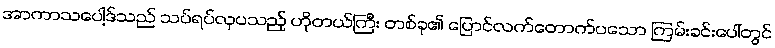
အာကာသပေါ့ဒ်သည် သပ်ရပ်လှပသည့် ဟိုတယ်ကြီး တစ်ခု၏ ပြောင်လက်တောက်ပသော ကြမ်းခင်းပေါ်တွင်